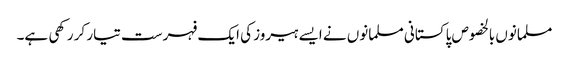
مسلمانوں بالخصوص پاکستانی مسلمانوں نے ایسے ہیروز کی ایک فہرست تیار کر رکھی ہے۔